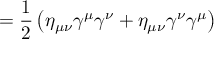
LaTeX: = { \frac { 1 } { 2 } } \left( \eta _ { \mu \nu } \gamma ^ { \mu } \gamma ^ { \nu } + \eta _ { \mu \nu } \gamma ^ { \nu } \gamma ^ { \mu } \right)